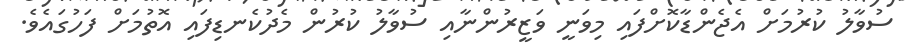
ސުވާލު ކުރުމަށް އެޖެންޑާކޮށްފައި މިވަނީ ވަޒީރުންނާއި ސުވާލު ކުރުން މެދުކެނޑިފައި އޮތުމަށް ފަހުގައެވެ.